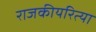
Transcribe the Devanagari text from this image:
राजकीयरित्या